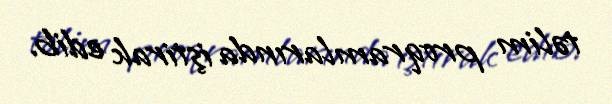
təlim proqramlarında iştirak edib.